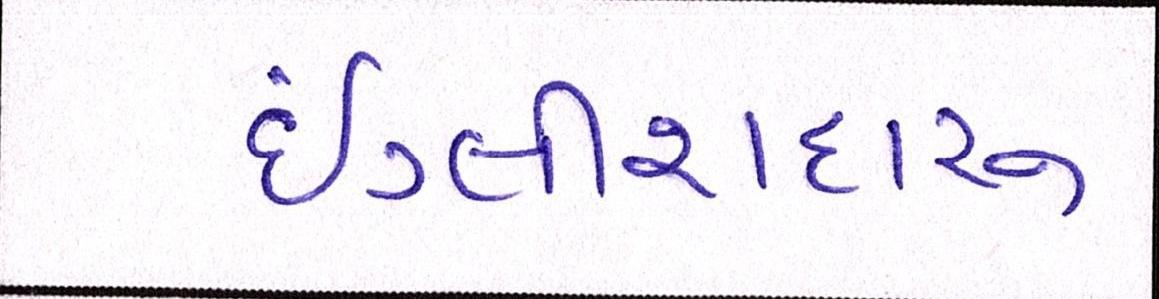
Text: ઇંગ્લીશદારૂ